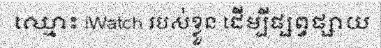
ឈ្មោះ iWatch របស់ខ្លួន ដើម្បីផ្សព្វផ្សាយ